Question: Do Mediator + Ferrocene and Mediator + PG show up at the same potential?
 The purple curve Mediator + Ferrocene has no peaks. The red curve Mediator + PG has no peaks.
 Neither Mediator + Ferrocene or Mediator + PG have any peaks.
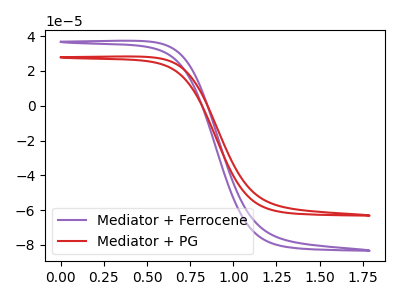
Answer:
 <answer>"Mediator + Ferrocene" and "Mediator + PG" are similar in shape.</answer>
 <eval>same_shape</eval>